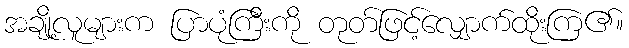
အချို့လူများက ပြာပုံကြီးကို တုတ်ဖြင့်လျှောက်ထိုးကြ၏။